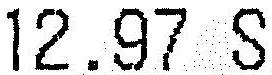
12.97 S